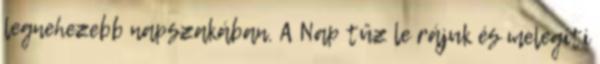
legnehezebb napszakában. A Nap tűz le rájuk és melegíti